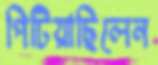
পিটিয়াছিলেন